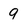
Character: 9